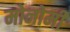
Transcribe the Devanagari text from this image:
मोनोमी